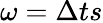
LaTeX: \omega=\Delta ts